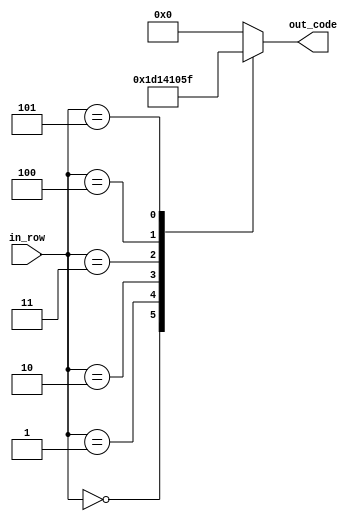
module num_2(
    input [2:0] in_row,
    output reg [4:0] out_code
    );

parameter [4:0] d_0 = 5'b01110; //  XXX
parameter [4:0] d_1 = 5'b10001; // X   X
parameter [4:0] d_2 = 5'b01000; //  X   
parameter [4:0] d_3 = 5'b00100; //   X  
parameter [4:0] d_4 = 5'b00010; //    X 
parameter [4:0] d_5 = 5'b11111; // XXXXX


always @ *
begin
	case (in_row)
		3'b000:
			out_code = d_0;
		3'b001:
			out_code = d_1;
		3'b010:
			out_code = d_2;
		3'b011:
			out_code = d_3;
		3'b100:
			out_code = d_4;
		3'b101:
			out_code = d_5;
		default:
			out_code = 5'b0;
	endcase
end

endmodule